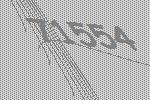
71554